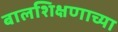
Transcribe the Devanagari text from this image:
बालशिक्षणाच्या